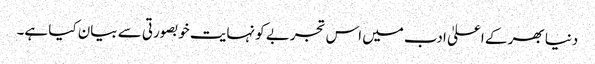
دنیا بھر کے اعلیٰ ادب میں اس تجربے کو نہایت خوبصورتی سے بیان کیا ہے۔